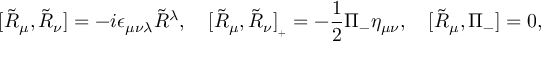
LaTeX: [ \tilde { \cal R } _ { \mu } , \tilde { \cal R } _ { \nu } ] = - i \epsilon _ { \mu \nu \lambda } \tilde { \cal R } { } ^ { \lambda } , \quad [ \tilde { \cal R } _ { \mu } , \tilde { \cal R } _ { \nu } ] _ { { } _ { + } } = - \frac { 1 } { 2 } \Pi _ { - } \eta _ { \mu \nu } , \quad [ \tilde { \cal R } _ { \mu } , \Pi _ { - } ] = 0 ,